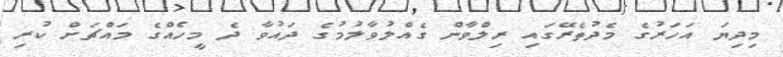
މިދިޔަ އަހަރުގެ މެދުތެރޭގައި ރިލްވާން ގެއްލުވާލުމުގެ ދައުވާ ދެ މީހެއްގެ މައްޗަށް ކުރި